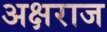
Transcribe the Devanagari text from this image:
अक्षराज